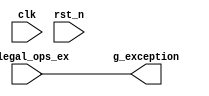
/*
 * My RISC-V RV32I CPU
 *   CPU Interrupter
 *    Verilog code
 * @auther		Yoshiki Kurokawa <yoshiki.k963@gmail.com>
 * @copylight	2023 Yoshiki Kurokawa
 * @license		https://opensource.org/licenses/MIT     MIT license
 * @version		0.1
 */

module exception(
	input clk,
	input rst_n,
	// from external
	input illegal_ops_ex,
	// from csr
	output g_exception

	);

// currntly supporting just illegal operations
assign g_exception = illegal_ops_ex;

endmodule